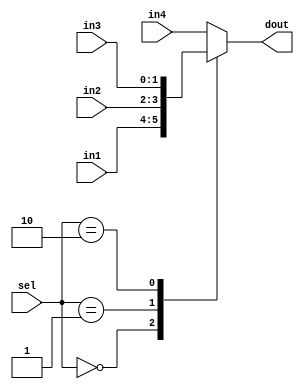
//-----------------------------------------------------------
// Creator : PeilinWu
// Function: 4 in 1 mux
//-----------------------------------------------------------

module mux4_1 (
    input [1:0] in1, in2, in3, in4,
    input [1:0] sel,
    output reg [1:0] dout
);

always @(in1 or in2 or in3 or in4 or sel)
begin
    case(sel)
        2'b00: dout = in1;
        2'b01: dout = in2;
        2'b10: dout = in3;
        default: dout = in4;
    endcase
end

endmodule